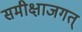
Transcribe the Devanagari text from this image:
समीक्षाजगत्